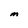
Character: M